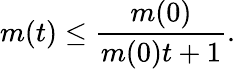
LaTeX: m(t)\leq\frac{m(0)}{m(0)t+1}.